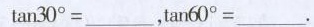
$$\tan 3 0 ° = _______$$，$$\tan